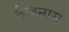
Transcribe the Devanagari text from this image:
केडनास